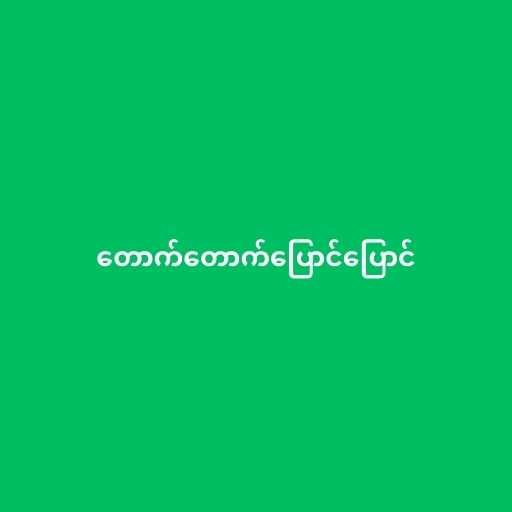
တောက်တောက်ပြောင်ပြောင်